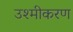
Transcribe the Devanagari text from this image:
उश्मीकरण